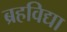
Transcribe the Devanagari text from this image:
ब्रहविद्या